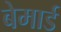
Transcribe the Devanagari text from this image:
बेमार्ड